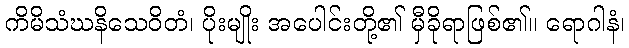
ကိမိသံဃနိသေဝိတံ၊ ပိုးမျိုး အပေါင်းတို့၏ မှီခိုရာဖြစ်၏။ ရောဂါနံ၊